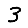
Digit: 3